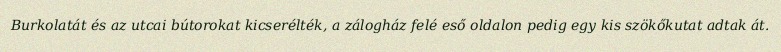
Burkolatát és az utcai bútorokat kicserélték, a zálogház felé eső oldalon pedig egy kis szökőkutat adtak át.